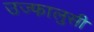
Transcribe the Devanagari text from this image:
उज्फालुसी